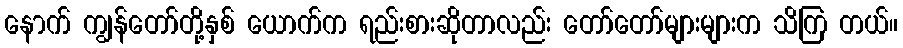
နောက် ကျွန်တော်တို့နှစ် ယောက်က ရည်းစားဆိုတာလည်း တော်တော်များများက သိကြ တယ်။